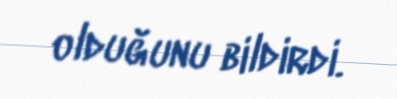
olduğunu bildirdi.